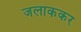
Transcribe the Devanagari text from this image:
जलाककर